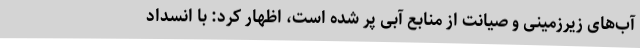
آب‌های زیرزمینی و صیانت از منابع آبی پر شده است، اظهار کرد: با انسداد